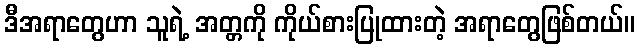
ဒီအရာတွေဟာ သူရဲ့ အတ္တကို ကိုယ်စားပြုထားတဲ့ အရာတွေဖြစ်တယ်။